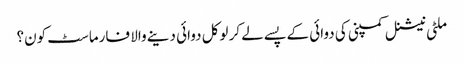
ملٹی نیشنل کمپنی کی دوائی کے پسے لے کر لوکل دوائی دینے والا فارماسٹ کون؟